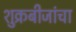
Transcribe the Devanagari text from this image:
शुक्रबीजांचा